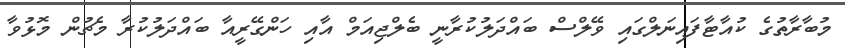
މުބާރާތުގެ ކުއާޓާފައިނަލްގައި ވޭލްސް ބައްދަލުކުރާނީ ބެލްޖިއަމް އާއި ހަންގޭރީއާ ބައްދަލުކުރާ މެޗުން މޮޅުވާ